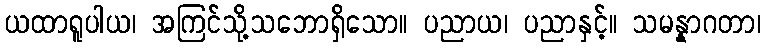
ယထာရူပါယ၊ အကြင်သို့သဘောရှိသော။ ပညာယ၊ ပညာနှင့်။ သမန္နာဂတာ၊